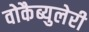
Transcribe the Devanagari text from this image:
वोकैब्युलेरी